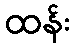
ထန်း